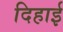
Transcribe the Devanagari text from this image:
दिहाई